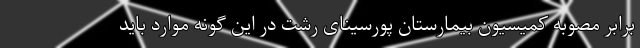
برابر مصوبه کمیسیون بیمارستان پورسینای رشت در این گونه موارد باید